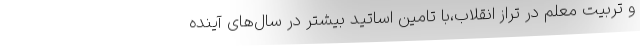
و تربیت معلم در تراز انقلاب،با تامین اساتید بیشتر در سال‌های آینده